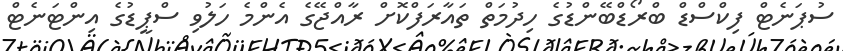
ސުޕަނެޓް ފިކްސްޑް ބްރޯޑްބޭންޑުގެ ހިދުމަތް ތައާރަފްކޮށް ރާއްޖޭގެ އެންމެ ހަލުވި ސްޕީޑުގެ އިންޓަނެޓް